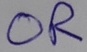
Text: OR